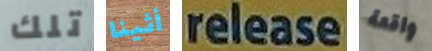
تلك أثينا release واقعة